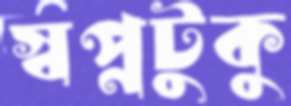
স্বপ্নটুকু